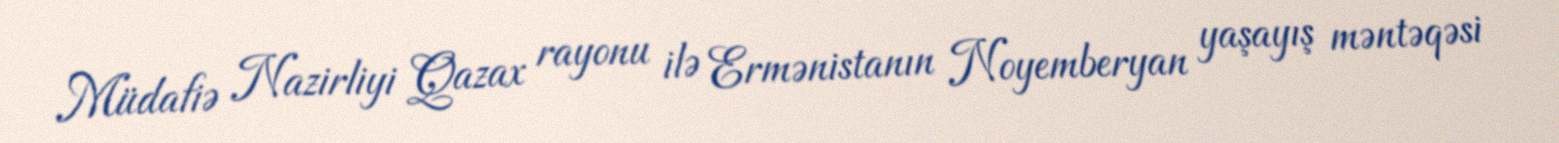
Müdafiə Nazirliyi Qazax rayonu ilə Ermənistanın Noyemberyan yaşayış məntəqəsi